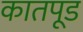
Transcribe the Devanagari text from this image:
कातपूड